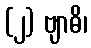
(၂) ဗျာဓိ၊